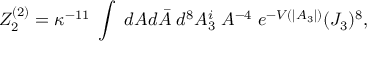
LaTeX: { \cal Z } _ { 2 } ^ { ( 2 ) } = \kappa ^ { - 1 1 } \; \int \; d A d \bar { A } \; d ^ { 8 } A _ { 3 } ^ { i } \; A ^ { - 4 } \; e ^ { - V ( | A _ { 3 } | ) } ( J _ { 3 } ) ^ { 8 } ,